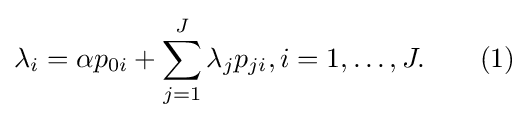
\lambda _{i}=\alpha p_{0i}+\sum _{j=1}^{J}\lambda _{j}p_{ji},i=1,\ldots ,J.\qquad (1)